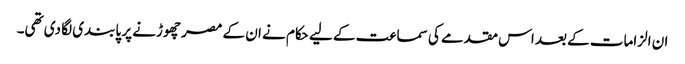
ان الزامات کے بعد اس مقدمے کی سماعت کے لیے حکام نے ان کے مصر چھوڑنے پر پابندی لگا دی تھی۔